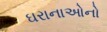
ઘરાનાઓનો